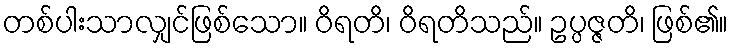
တစ်ပါးသာလျှင်ဖြစ်သော။ ဝိရတိ၊ ဝိရတိသည်။ ဥပ္ပဇ္ဇတိ၊ ဖြစ်၏။